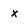
Character: X